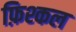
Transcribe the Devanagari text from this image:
फ़िश्कल